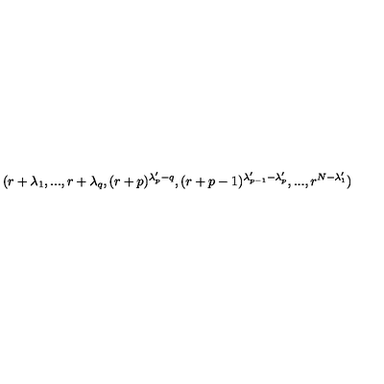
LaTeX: ( r + \lambda _ { 1 } , . . . , r + \lambda _ { q } , ( r + p ) ^ { \lambda _ { p } ^ { \prime } - q } , ( r + p - 1 ) ^ { \lambda _ { p - 1 } ^ { \prime } - \lambda _ { p } ^ { \prime } } , . . . , r ^ { N - \lambda _ { 1 } ^ { \prime } } )